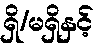
ရှိ/မရှိနှင့်